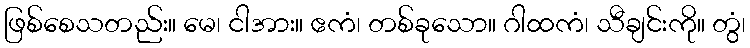
ဖြစ်စေသတည်း။ မေ၊ ငါအား။ ဧကံ၊ တစ်ခုသော။ ဂါထကံ၊ သီချင်းကို။ တွံ၊